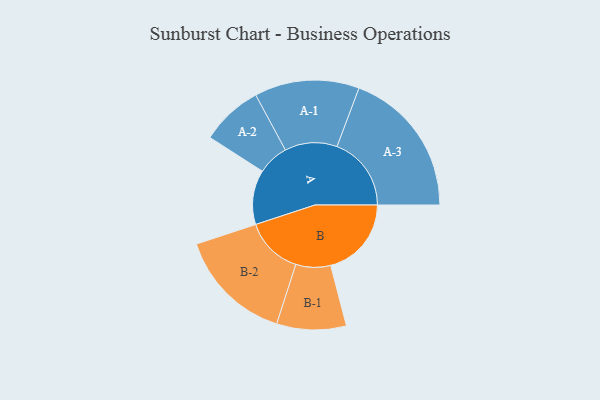
{"axis": {"x": "Segment", "y": "Value"}, "legend": ["", "A", "B"], "data": [{"x": "A", "y": 204, "type": ""}, {"x": "B", "y": 302, "type": ""}, {"x": "A-1", "y": 196, "type": "A"}, {"x": "A-2", "y": 116, "type": "A"}, {"x": "A-3", "y": 278, "type": "A"}, {"x": "B-1", "y": 130, "type": "B"}, {"x": "B-2", "y": 216, "type": "B"}]}